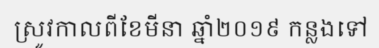
ស្រូវកាលពីខែមីនា ឆ្នាំ២០១៩ កន្លងទៅ